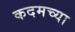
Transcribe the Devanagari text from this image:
कदमच्या